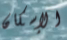
الإسكان